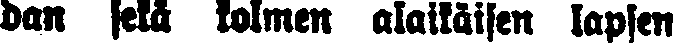
dan sekä kolmen alaikäisen lapsen